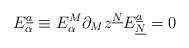
LaTeX: \begin{align*}E_\alpha^{\underline{a}} \equiv E_\alpha^M \partial_M z^{\underline{N}}E_{\underline{N}}^{\underline{a}} = 0\end{align*}